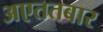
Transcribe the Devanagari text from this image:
अएततबार